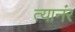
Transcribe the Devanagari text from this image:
त्यानंर